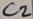
Text: C2